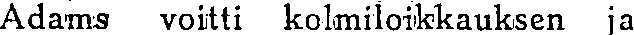
Adams voitti kolmiloikkauksen ja